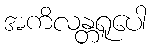
အကိလန္တရူပေါ